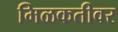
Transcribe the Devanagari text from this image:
मिळकतीवर